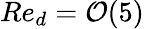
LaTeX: Re_{d}=\mathcal{O}(5)